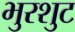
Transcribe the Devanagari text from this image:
भुरशुट